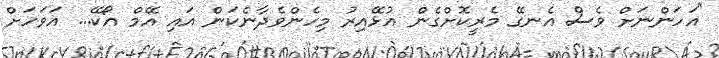
"އަހަންނަށް ވެސް އެނގޭ މެރީކޮށްގެން އުޅޭއިރު މިހެންވެދާނެކަން އައި އޭމް އޯކޭ... އަވަހަށް